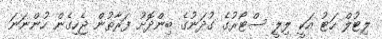
ލިޓުލް ހަޓު އަކީ ލިލީ ސްޓޯރުގެ ގުދަނުގެ ބިންދޮށު ފަރާތުން ޖެހިގެން ހުންނަނަ